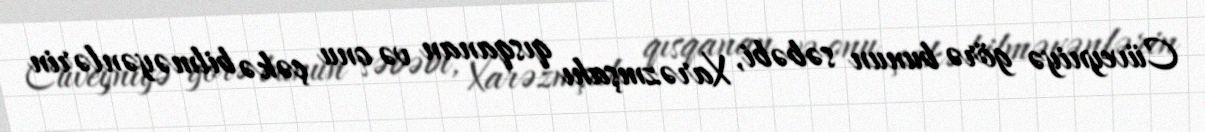
Cüveyniyə görə bunun səbəbi, Xarəzmşahı qısqanan və onu çəkə bilməyənlərin